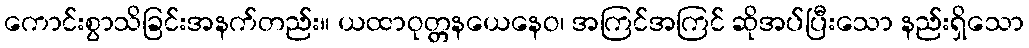
ကောင်းစွာသိခြင်းအနက်တည်း။ ယထာဝုတ္တနယေနေဝ၊ အကြင်အကြင် ဆိုအပ်ပြီးသော နည်းရှိသော